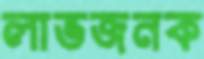
লাভজনক